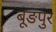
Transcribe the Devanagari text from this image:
बूङपुर